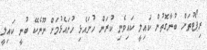
ރިޕޯޓުތަށް ބުނާގޮތުން ކައިލީ ކައިވެނި ކުރަން ހުށައެޅި ހުށައެޅުމަށް ނޫނެކޭ ބުނީ ކައިލީ